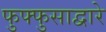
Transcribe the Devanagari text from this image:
फुफ्फुसाद्वारे